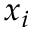
x _ { i }